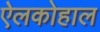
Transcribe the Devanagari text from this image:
ऐलकोहाल